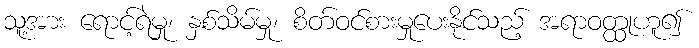
သူ့အား ရောင့်ရဲမှု၊ နှစ်သိမ်မှု၊ စိတ်ဝင်စားမှုပေးနိုင်သည့် အရာဝတ္ထုဟူ၍